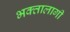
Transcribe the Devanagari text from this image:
भक्‍तालागी